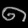
Digit: ၈